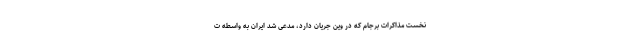
نخست مذاکرات برجام که در وین جریان دارد، مدعی شد ایران به واسطه ت